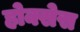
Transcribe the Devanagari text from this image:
होक्सेस